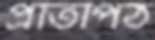
প্রতিপিঠ